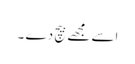
اسے مجھے بیچ دے ۔